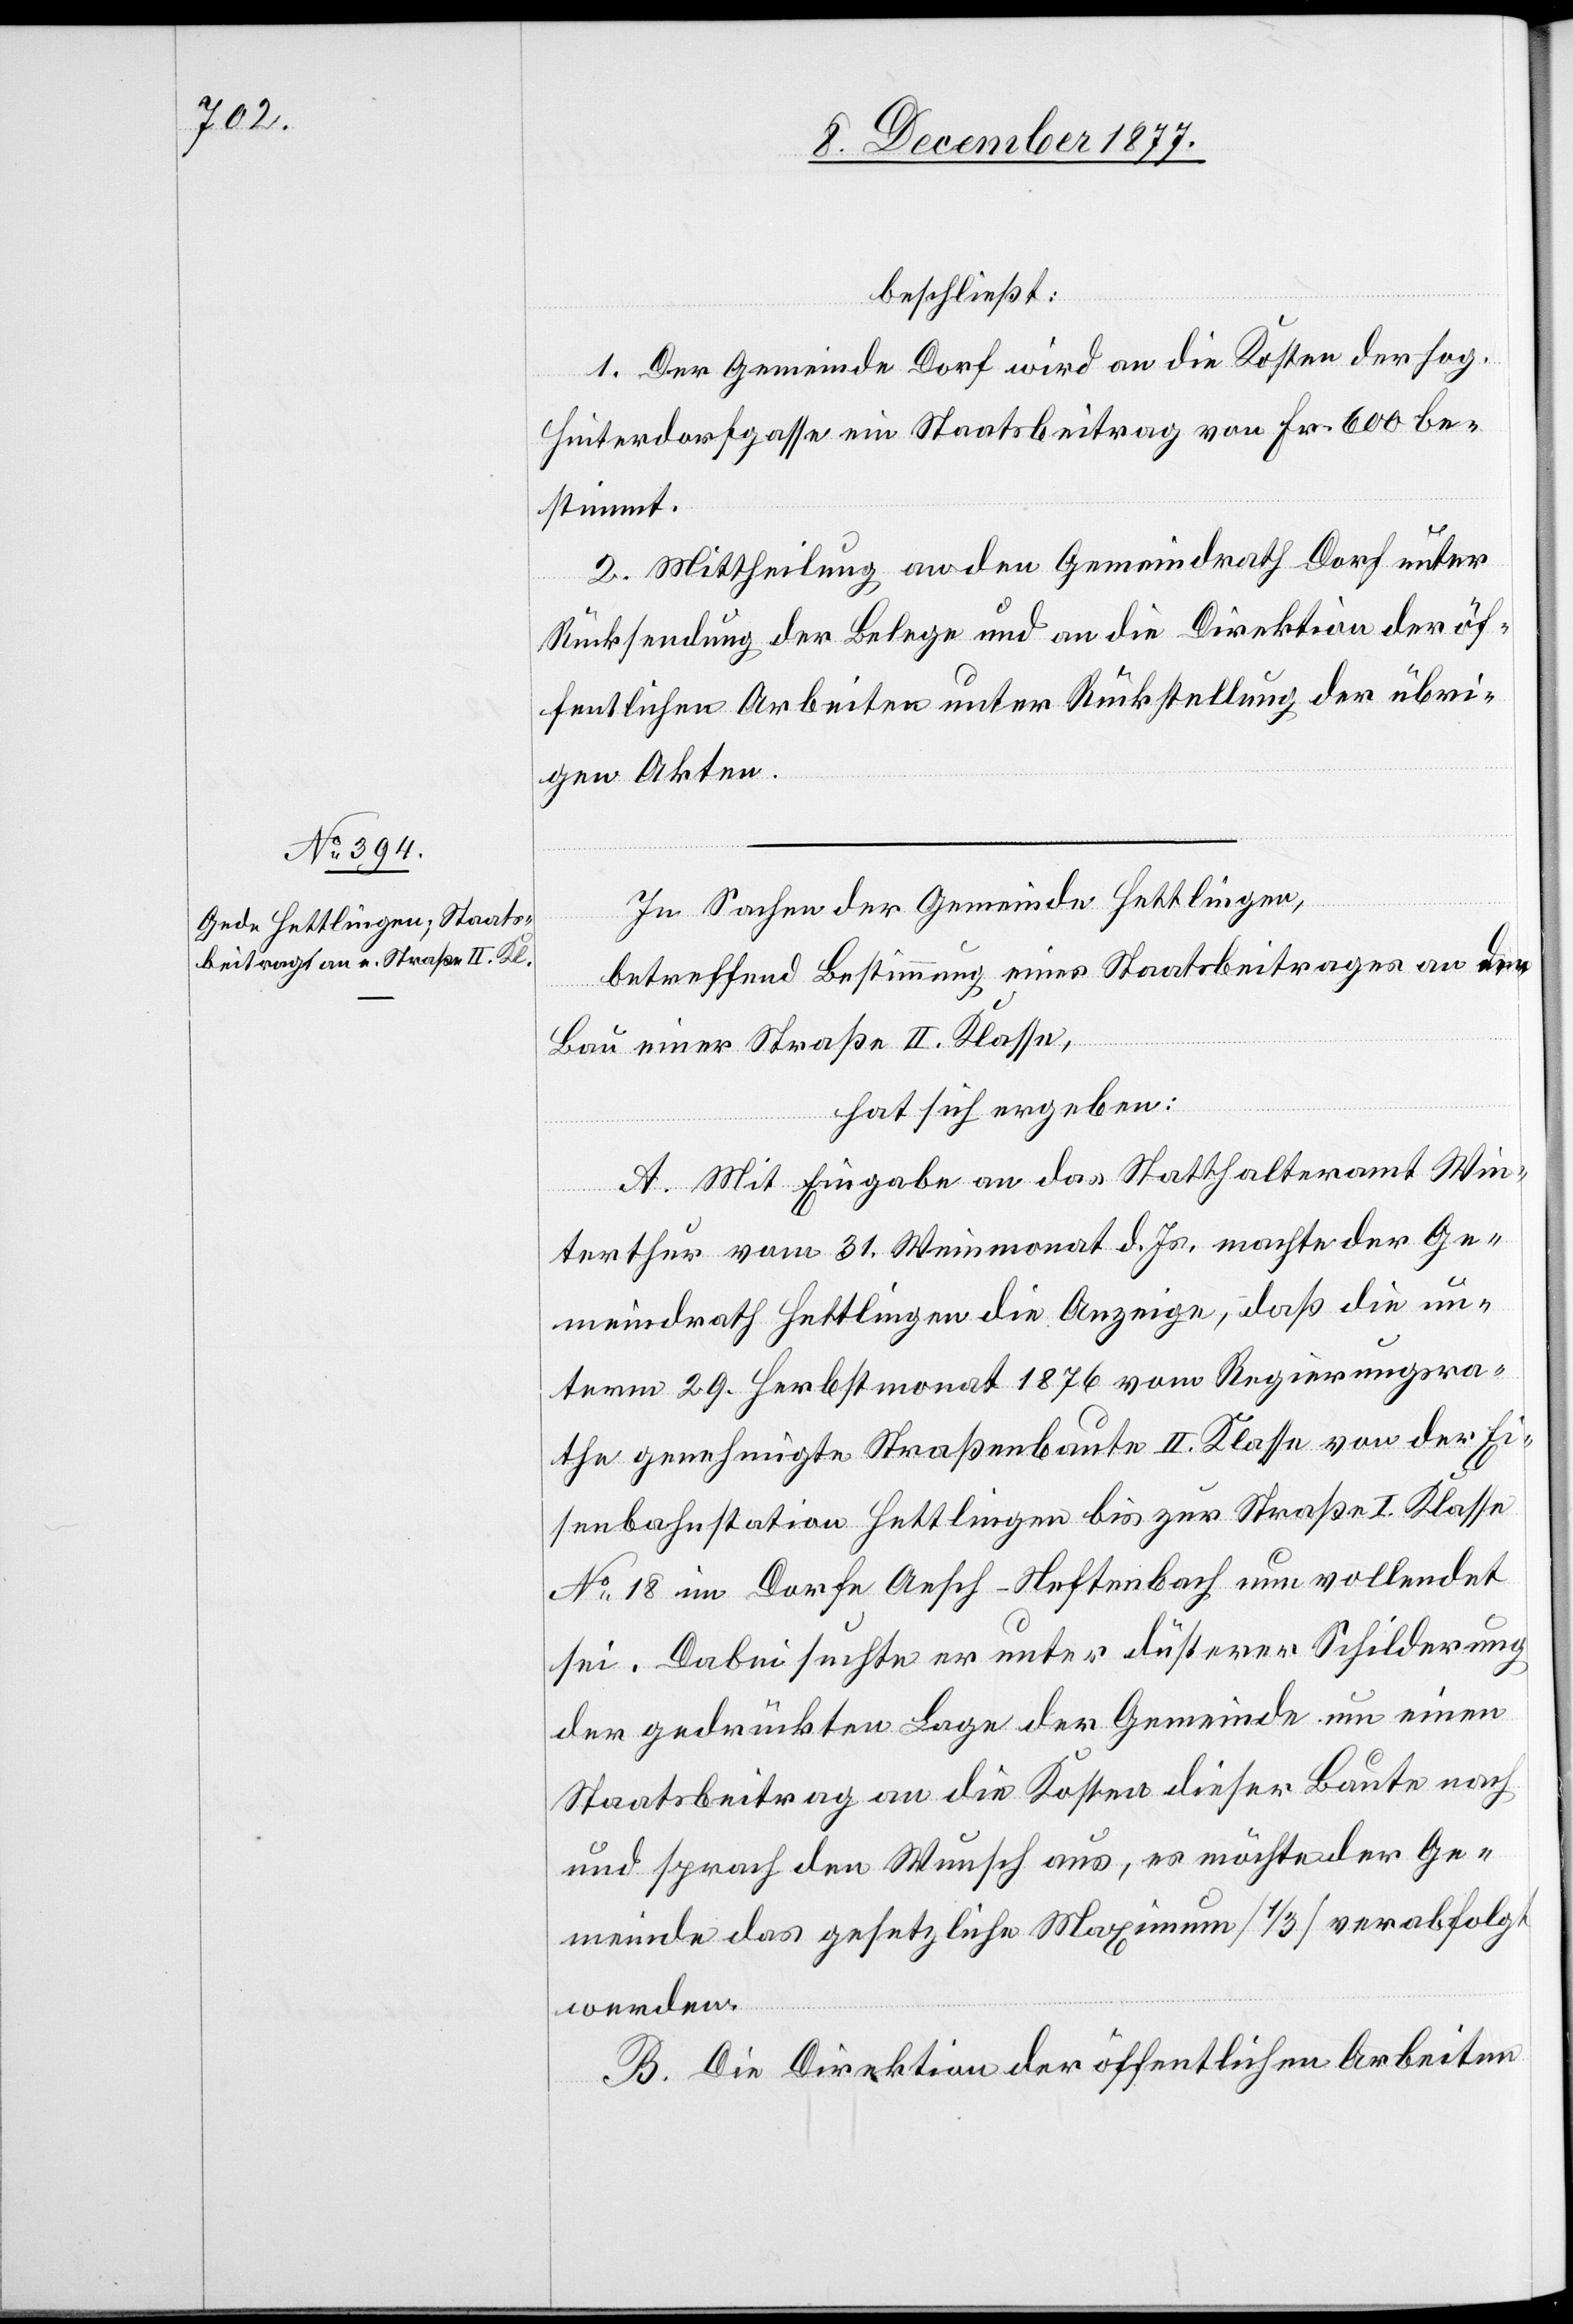
beschließt:
1. Der Gemeinde Dorf wird an die Kosten der sog.
Hinterdorfgasse ein Staatsbeitrag von Fr. 600 be¬
stimmt.
2. Mittheilung an den Gemeindrath Dorf unter
Rücksendung der Belege und an die Direktion der öf¬
fentlichen Arbeiten unter Rückstellung der übri¬
gen Akten.
In Sachen der Gemeinde Hettlingen,
betreffend Bestimmung eines Staatsbeitrages an den
Bau einer Straße II. Klasse,
hat sich ergeben:
A. Mit Eingabe an das Statthalteramt Win¬
terthur vom 31. Weinmonat d. Js. machte der Ge¬
meindrath Hettlingen die Anzeige, daß die un¬
term 29. Herbstmonat 1876 vom Regierungsra¬
the genehmigte Straßenbaute II. Klasse von der Ei¬
senbahnstation Hettlingen bis zur Straße I. Klasse
No 18 im Dorfe Aesch - Neftenbach nun vollendet
sei. Dabei suchte er unter düsterer Schilderung
der gedrückten Lage der Gemeinde um einen
Staatsbeitrag an die Kosten dieser Baute nach
und sprach den Wunsch aus, es möchte der Ge¬
meinde das gesetzliche Maximum [1/3] verabfolgt
werden.
B. Die Direktion der öffentlichen Arbeiten